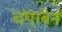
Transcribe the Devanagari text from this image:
चंपाबेन